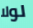
لولا